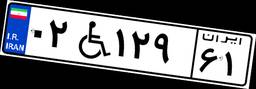
۳۹W۸۱۱۸۸